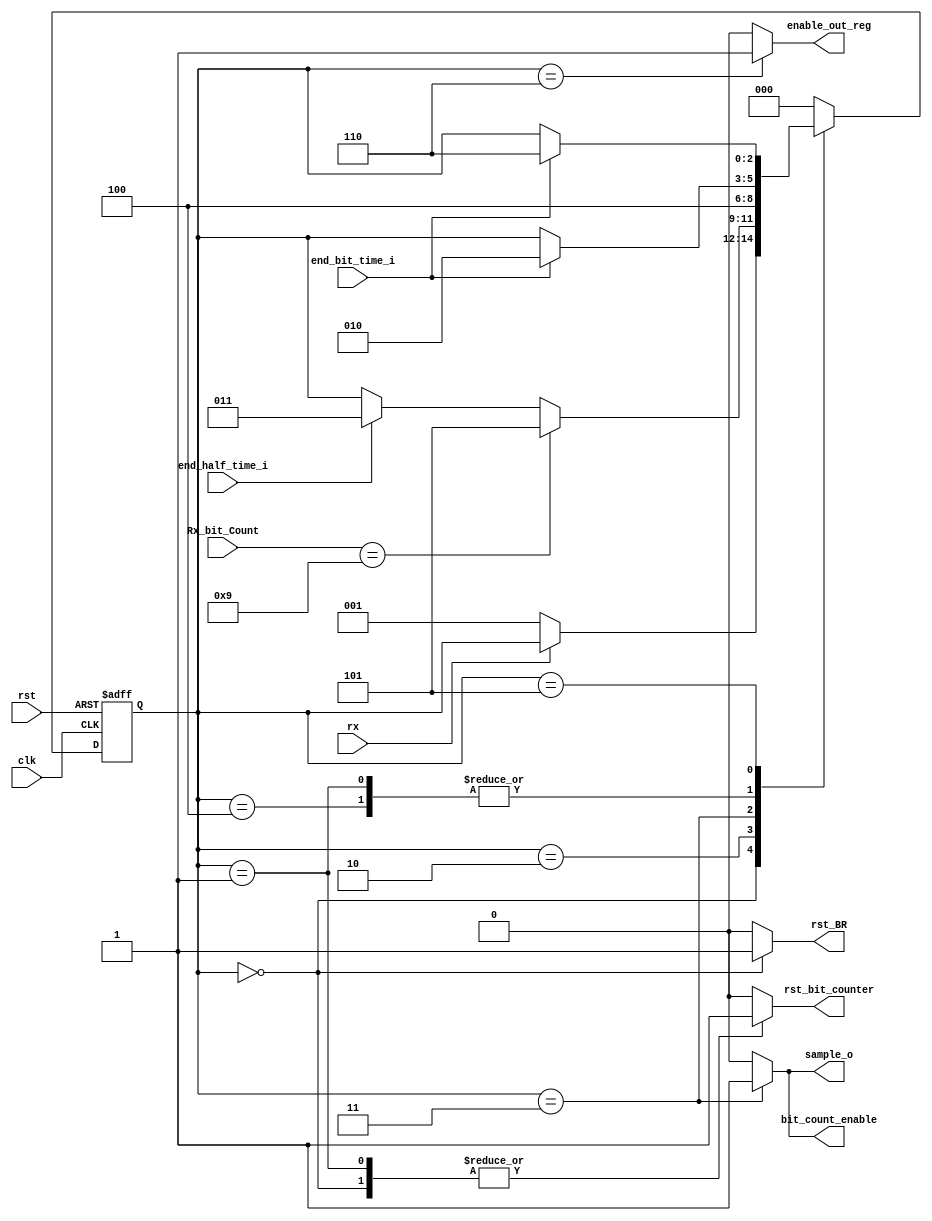
// Coder:           Cuauhtemoc Aguilera
// Module name:	  UART_Rx
// Project Name:	  risc_v_top
// Description:	  UART RX FSM

module FSM_UART_Rx(
    input rx,
    input clk,
    input rst,
    input end_half_time_i,
    input end_bit_time_i,
    input [3:0] Rx_bit_Count,
    output reg sample_o,
    output reg bit_count_enable,
    output reg rst_BR,
    output reg rst_bit_counter,
    output reg enable_out_reg
    );

localparam INI_S		= 3'b000;
localparam START_S		= 3'b001;
localparam RX_BITS_S	= 3'b010;
localparam SAMPLE_S		= 3'b011;
localparam RX_WAIT_S	= 3'b100;
//localparam PARITY_S		= 3'b101;
//localparam SAMPLE_PAR_S	= 3'b110;
localparam STOP_S			= 3'b101;
localparam SAVE_RX_DATA_S	= 3'b110;

reg [2:0] Rx_state;


always @(negedge rst, posedge clk)
	begin
		if (!rst) 
			Rx_state<= INI_S;
		else 
		case (Rx_state)
				INI_S: 		if (~rx)
								Rx_state <= START_S;
				START_S:		if (end_bit_time_i)
								Rx_state <= RX_BITS_S;
				RX_BITS_S:	if (Rx_bit_Count == 4'b1001)
								Rx_state <= STOP_S;
							else
								if (end_half_time_i)
									Rx_state <= SAMPLE_S;
				SAMPLE_S:		Rx_state <= RX_WAIT_S;
				RX_WAIT_S:	if (end_bit_time_i)	
								Rx_state <= RX_BITS_S;
				STOP_S:		if (end_bit_time_i)	
								Rx_state <= SAVE_RX_DATA_S;
				SAVE_RX_DATA_S:Rx_state <= INI_S;
				default:		Rx_state <= INI_S;
		endcase
	end
// OUTPUT DEFINITION
always @(Rx_state)
	begin
				case(Rx_state)
				INI_S: 	
					begin
						sample_o = 1'b0;
						bit_count_enable = 1'b0;
						rst_BR = 1'b1;
						rst_bit_counter = 1'b1;
						enable_out_reg = 1'b0;
					end
				START_S: 	
					begin
						sample_o = 1'b0;
						bit_count_enable = 1'b0;
						rst_BR = 1'b0;
						rst_bit_counter = 1'b1;
						enable_out_reg = 1'b0;
					end
				RX_BITS_S: 	
					begin
						sample_o = 1'b0;
						bit_count_enable = 1'b0;
						rst_BR = 1'b0;
						rst_bit_counter = 1'b0;
						enable_out_reg = 1'b0;
					end
				SAMPLE_S: 	
					begin
						sample_o 		= 1'b1;
						bit_count_enable = 1'b1;
						rst_BR = 1'b0;
						rst_bit_counter = 1'b0;
						enable_out_reg = 1'b0;
					end
				RX_WAIT_S:
					begin
						sample_o 		= 1'b0;
						bit_count_enable = 1'b0;
						rst_BR = 1'b0;
						rst_bit_counter = 1'b0;
						enable_out_reg = 1'b0;
					end
				STOP_S: 	
					begin
						sample_o = 1'b0;
						bit_count_enable = 1'b0;
						rst_BR = 1'b0;
						rst_bit_counter = 1'b0;
						enable_out_reg = 1'b0;
					end
				SAVE_RX_DATA_S: 	
					begin
						sample_o = 1'b0;
						bit_count_enable = 1'b0;
						rst_BR = 1'b0;
						rst_bit_counter = 1'b0;
						enable_out_reg = 1'b1;
					end						
				default:
					begin
						sample_o = 1'b0;
						bit_count_enable = 1'b0;
						rst_BR = 1'b0;
						rst_bit_counter = 1'b0;
						enable_out_reg = 1'b0;
					end
			endcase
	end
endmodule